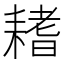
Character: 𦔌